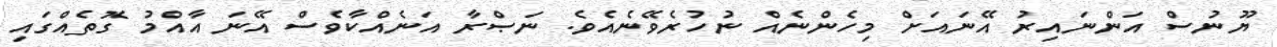
ޔޫނުސް އަންނައިރު އޭނައަށް މިހެންނެއް ނުހުރެވޭނެއެވެ. ނަޞްރާ އަނެއްކާވެސް އޭނަ އާއްމު ގޮތެއްގައި